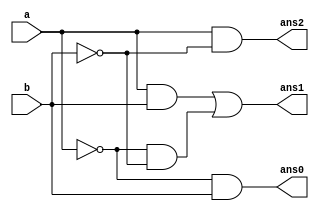
module comparator_1(
    input wire a, b,

    output	 wire	 ans2    , //A>B
	output   wire    ans1    , //A=B
    output   wire    ans0      //A<B
);


//
/*    
A	B	F(A>B)	F(A<B)	F(A=B)
0	0	0	0	1
0	1	0	1	0
1	0	1	0	0
1	1	0	0	1
*/

/*-

!   ~	
*   / %	
+  -	


<  <=  >  >= 
==  !=  ===  !==
&
^  ^~
|
&&

||	
	
*/

//
assign ans2 = a & ~b;
assign ans1 = a&b | ~a&~b;
assign ans0 = ~a & b;

endmodule